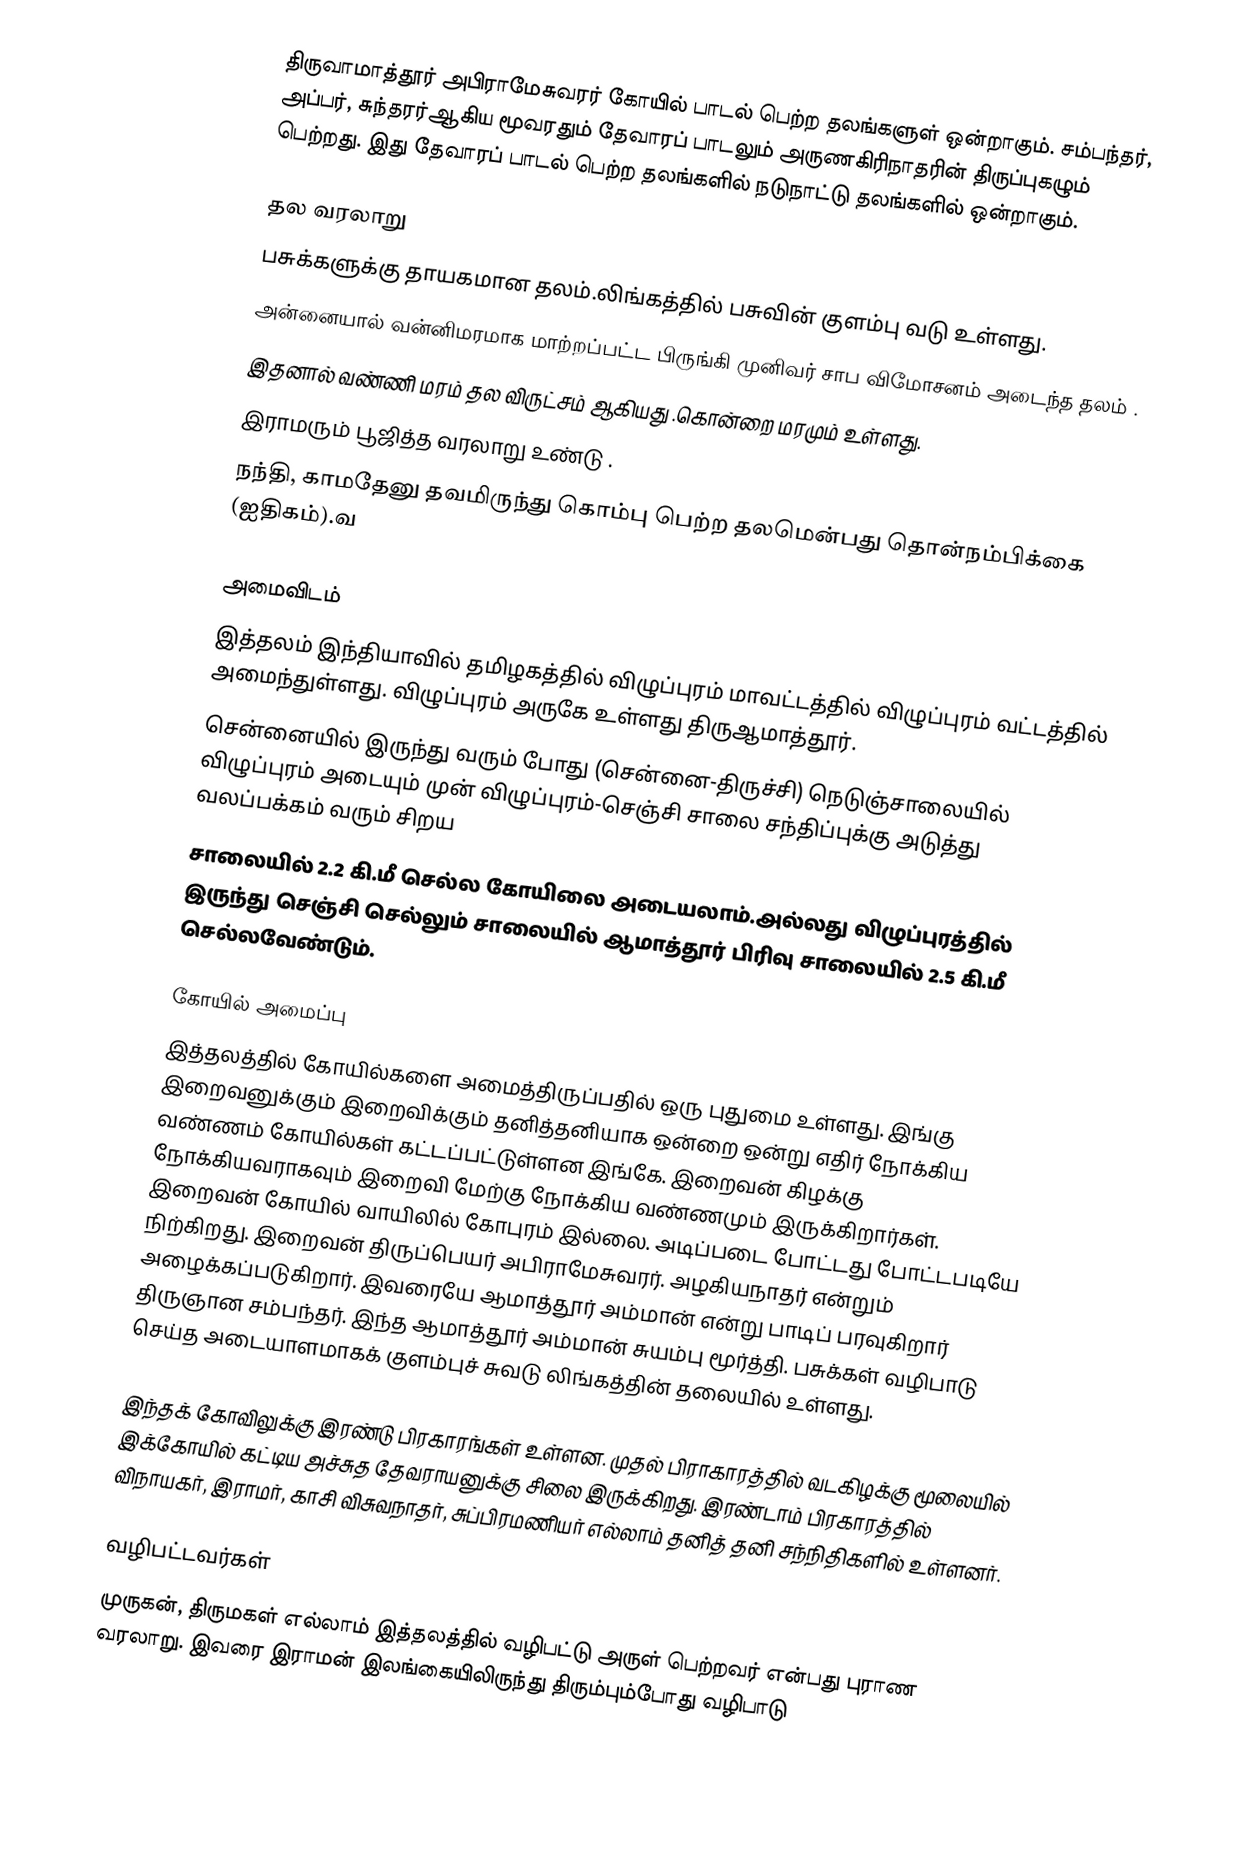
திருவாமாத்தூர் அபிராமேசுவரர் கோயில் பாடல் பெற்ற தலங்களுள் ஒன்றாகும். சம்பந்தர், அப்பர், சுந்தரர்ஆகிய மூவரதும் தேவாரப் பாடலும் அருணகிரிநாதரின் திருப்புகழும் பெற்றது. இது தேவாரப் பாடல் பெற்ற தலங்களில் நடுநாட்டு தலங்களில் ஒன்றாகும்.

தல வரலாறு
பசுக்களுக்கு தாயகமான தலம்.லிங்கத்தில் பசுவின் குளம்பு வடு உள்ளது.
அன்னையால் வன்னிமரமாக மாற்றப்பட்ட பிருங்கி முனிவர் சாப விமோசனம் அடைந்த தலம் .
இதனால் வண்ணி மரம் தல விருட்சம் ஆகியது .கொன்றை மரமும் உள்ளது.
இராமரும் பூஜித்த வரலாறு உண்டு .
நந்தி, காமதேனு தவமிருந்து கொம்பு பெற்ற தலமென்பது தொன்நம்பிக்கை (ஐதிகம்).வ

அமைவிடம்
இத்தலம் இந்தியாவில் தமிழகத்தில் விழுப்புரம் மாவட்டத்தில்  விழுப்புரம் வட்டத்தில்  அமைந்துள்ளது. விழுப்புரம் அருகே உள்ளது திருஆமாத்தூர்.
சென்னையில் இருந்து வரும் போது (சென்னை-திருச்சி) நெடுஞ்சாலையில் விழுப்புரம் அடையும் முன் விழுப்புரம்-செஞ்சி சாலை சந்திப்புக்கு அடுத்து வலப்பக்கம் வரும் சிறய
சாலையில் 2.2 கி.மீ செல்ல கோயிலை அடையலாம்.அல்லது விழுப்புரத்தில் இருந்து செஞ்சி செல்லும் சாலையில் ஆமாத்தூர் பிரிவு சாலையில் 2.5 கி.மீ செல்லவேண்டும்.

கோயில் அமைப்பு
இத்தலத்தில் கோயில்களை அமைத்திருப்பதில் ஒரு புதுமை உள்ளது. இங்கு இறைவனுக்கும் இறைவிக்கும் தனித்தனியாக ஒன்றை ஒன்று எதிர் நோக்கிய வண்ணம் கோயில்கள் கட்டப்பட்டுள்ளன இங்கே. இறைவன் கிழக்கு நோக்கியவராகவும் இறைவி மேற்கு நோக்கிய வண்ணமும் இருக்கிறார்கள். இறைவன் கோயில் வாயிலில் கோபுரம் இல்லை. அடிப்படை போட்டது போட்டபடியே நிற்கிறது. இறைவன் திருப்பெயர் அபிராமேசுவரர். அழகியநாதர் என்றும் அழைக்கப்படுகிறார். இவரையே ஆமாத்தூர் அம்மான் என்று பாடிப் பரவுகிறார் திருஞான சம்பந்தர். இந்த ஆமாத்தூர் அம்மான் சுயம்பு மூர்த்தி. பசுக்கள் வழிபாடு செய்த அடையாளமாகக் குளம்புச் சுவடு லிங்கத்தின் தலையில் உள்ளது.

இந்தக் கோவிலுக்கு இரண்டு பிரகாரங்கள் உள்ளன. முதல் பிராகாரத்தில் வடகிழக்கு மூலையில் இக்கோயில் கட்டிய அச்சுத தேவராயனுக்கு சிலை இருக்கிறது. இரண்டாம் பிரகாரத்தில் விநாயகர், இராமர், காசி விசுவநாதர், சுப்பிரமணியர் எல்லாம் தனித் தனி சந்நிதிகளில் உள்ளனர்.

வழிபட்டவர்கள்
முருகன், திருமகள் எல்லாம் இத்தலத்தில் வழிபட்டு அருள் பெற்றவர் என்பது புராண வரலாறு. இவரை இராமன் இலங்கையிலிருந்து திரும்பும்போது வழிபாடு